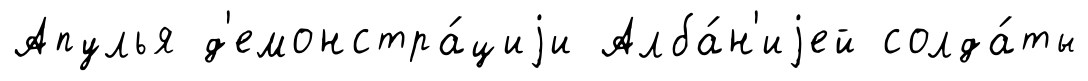
Апулья д'емонстра́циjи Алба́н'иjей солда́ты